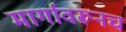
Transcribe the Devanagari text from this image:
मार्गावरूनच